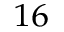
^ { 1 6 }